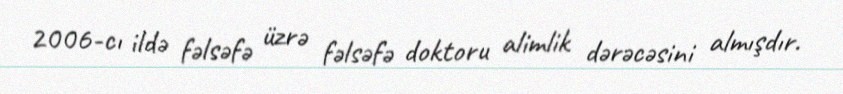
2006-cı ildə fəlsəfə üzrə fəlsəfə doktoru alimlik dərəcəsini almışdır.